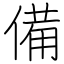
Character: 備